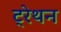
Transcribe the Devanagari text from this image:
ट्रेथन